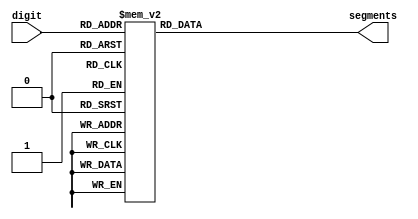
`timescale 1ns / 1ps
//////////////////////////////////////////////////////////////////////////////////
// Company: 
// Engineer: 
// 
// Design Name: 
// Module Name:    digit_to_segments 
// Project Name: 
// Target Devices: 
// Tool versions: 
// Description: 
//
// Dependencies: 
//
// Revision: 
// Revision 0.01 - File Created
// Additional Comments: 
//
//////////////////////////////////////////////////////////////////////////////////
module convert_to_segments(
								digit,
								segments
	);
	
	/////////////////////////////////////////////////////////////////////////////////
	//Inputs/Outputs
	/////////////////////////////////////////////////////////////////////////////////
	input [3:0] digit;
	output reg [7:0] segments;
	
	/////////////////////////////////////////////////////////////////////////////////
	//Sequential Logic
	/////////////////////////////////////////////////////////////////////////////////
	
	always @(*) begin //Convert the digit to the necessary outputs for the segments
		case (digit)
			4'b0000:	segments = 8'b11000000;
			4'b0001:	segments = 8'b11111001;
			4'b0010: segments = 8'b10100100;
			4'b0011: segments = 8'b10110000;
			4'b0100: segments = 8'b10011001;
			4'b0101: segments = 8'b10010010;
			4'b0110: segments = 8'b10000010;
			4'b0111: segments = 8'b11111000;
			4'b1000: segments = 8'b10000000;
			4'b1001: segments = 8'b10010000;
			default: segments = 8'b11111111; //Turn off all segments
		endcase
	end

endmodule